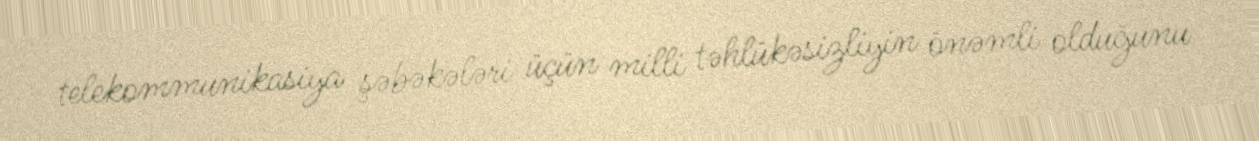
telekommunikasiya şəbəkələri üçün milli təhlükəsizliyin önəmli olduğunu